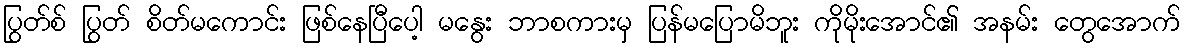
ပြွတ်စ် ပြွတ် စိတ်မကောင်း ဖြစ်နေပြီပေါ့ မနွေး ဘာစကားမှ ပြန်မပြောမိဘူး ကိုမိုးအောင်၏ အနမ်း တွေအောက်